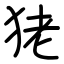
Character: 狫